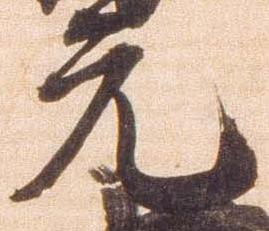
元